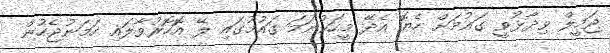
ޖަމީލް ވިދާޅުވީ ގައުމަށް ހެޔޮ އެދޭ މީހަކުނަމަ ގައުމުގައި ލޭ އޮހޮރުވާލައި ހަމަނުޖެހުން